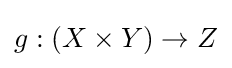
g:(X\times Y)\to Z